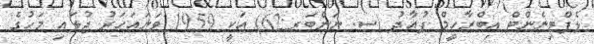
ލެފްޓިނެންޓް އިބްރާހީމް ފުއާދު (ސ. ނަންބަރ:62) އަކީ 1959 ވަނައަހަރު ޖުލައިި މަހުގެ